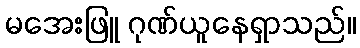
မအေးဖြူ ဂုဏ်ယူနေရှာသည်။